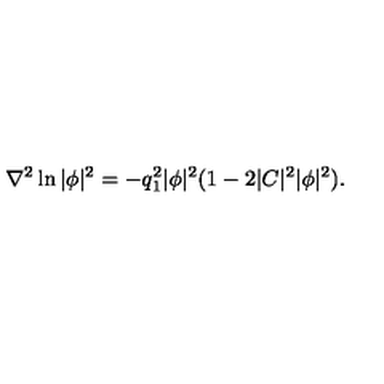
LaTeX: \nabla ^ { 2 } \ln | \phi | ^ { 2 } = - q _ { 1 } ^ { 2 } | \phi | ^ { 2 } ( 1 - 2 | C | ^ { 2 } | \phi | ^ { 2 } ) .